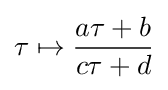
\tau \mapsto {\frac {a\tau +b}{c\tau +d}}